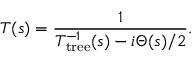
T ( s ) = { \frac { 1 } { T _ { \mathrm { t r e e } } ^ { - 1 } ( s ) - i \Theta ( s ) / 2 } } .